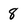
Character: 8